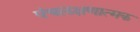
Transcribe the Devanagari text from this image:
पंचलक्षणात्मक